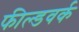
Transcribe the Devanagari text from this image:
फील्डवर्क